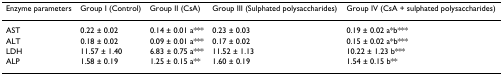
| Enzyme parameters | Group I (Control) | Group II (CsA) | Group III (Sulphated polysaccharides) | Group IV (CsA + sulphated polysaccharides) |
 | --- | --- | --- | --- | --- |
 | AST | 0.22 ± 0.02 | 0.14 ± 0.01 a*** | 0.23 ± 0.03 | 0.19 ± 0.02 a*b*** |
 | ALT | 0.18 ± 0.02 | 0.09 ± 0.01 a*** | 0.17 ± 0.02 | 0.15 ± 0.02 a*b*** |
 | LDH | 11.57 ± 1.40 | 6.83 ± 0.75 a*** | 11.52 ± 1.13 | 10.22 ± 1.23 b*** |
 | ALP | 1.58 ± 0.19 | 1.25 ± 0.15 a** | 1.60 ± 0.19 | 1.54 ± 0.15 b** |